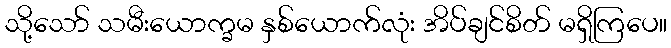
သို့သော် သမီးယောက္ခမ နှစ်ယောက်လုံး အိပ်ချင်စိတ် မရှိကြပေ။